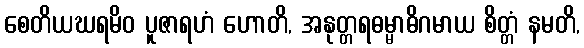
စေတိယဃရမိဝ ပူဇာရဟံ ဟောတိ, အနုတ္တရဓမ္မာဓိဂမာယ စိတ္တံ နမတိ,